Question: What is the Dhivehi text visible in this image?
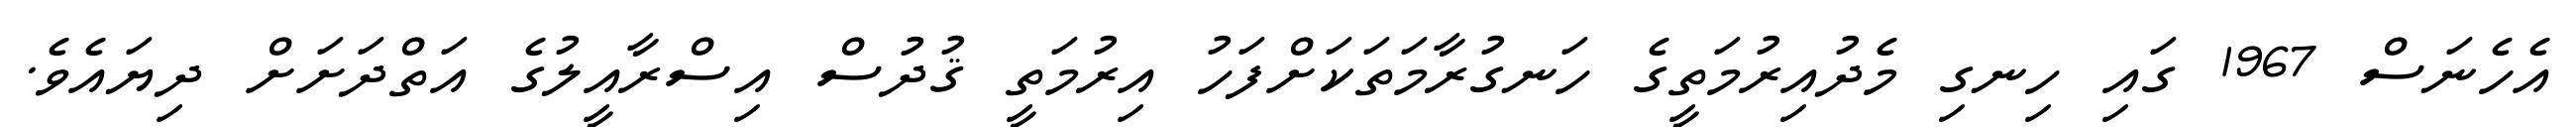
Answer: އެހެނަސް 1967 ގައި ހިނގި މެދުއިރުމަތީގެ ހަނގުރާމަތަކަށްފަހު އިރުމަތީ ޤުދުސް އިސްރާއީލުގެ އަތްދަށަށް ދިޔައެވެ.